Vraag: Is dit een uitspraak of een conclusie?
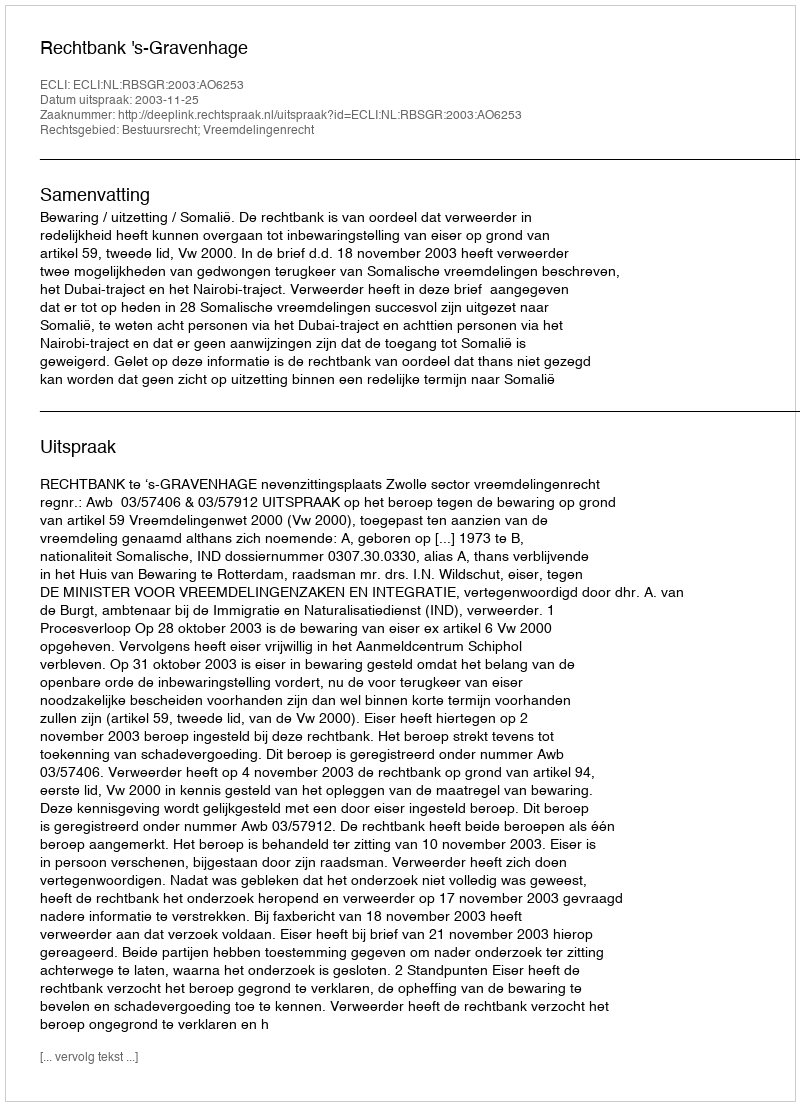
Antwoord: Uitspraak